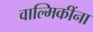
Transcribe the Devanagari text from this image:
वाल्मिकींना